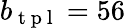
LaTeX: b_{\mathrm{~t~p~l~}}=56